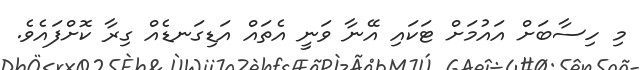
މި ހިސާބަށް އައުމަށް ޓަކައި އޭނާ ވަނީ އެތައް އަޑިގަނޑެއް ގިރާ ކޮށްފައެވެ.